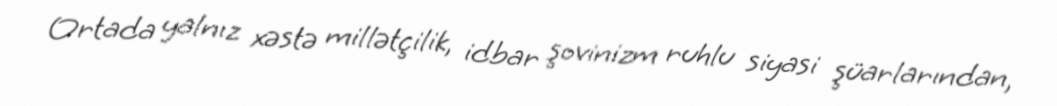
Ortada yalnız xəstə millətçilik, idbar şovinizm ruhlu siyasi şüarlarından,